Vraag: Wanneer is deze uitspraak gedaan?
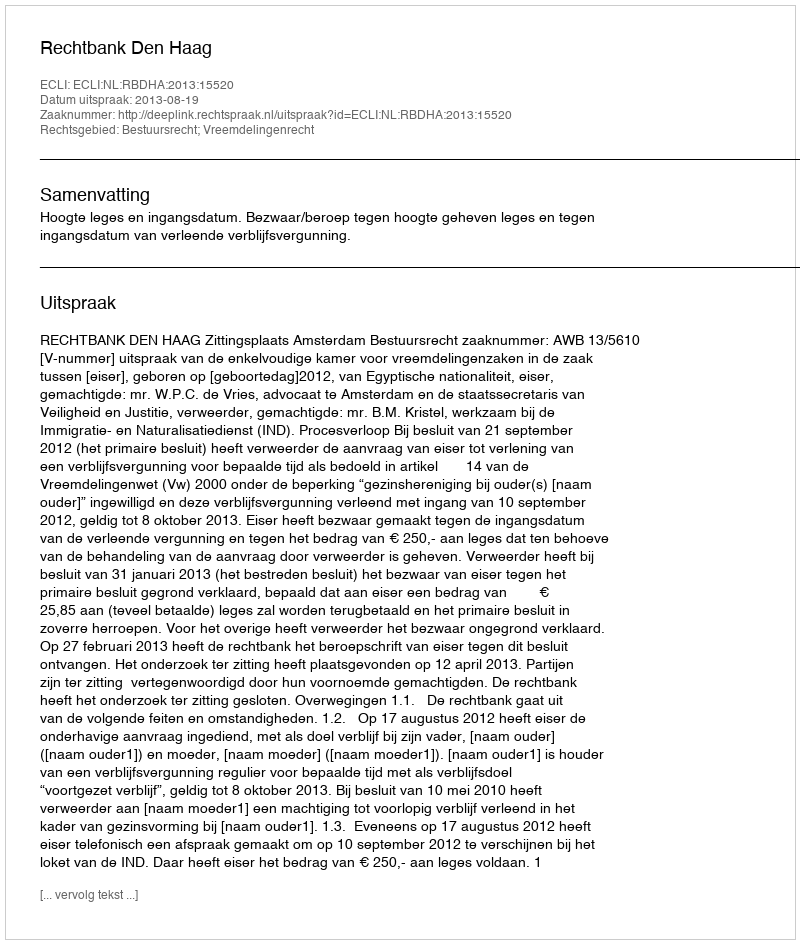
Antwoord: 2013-08-19